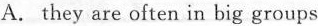
A.they are often in big groups